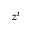
z ^ { i }